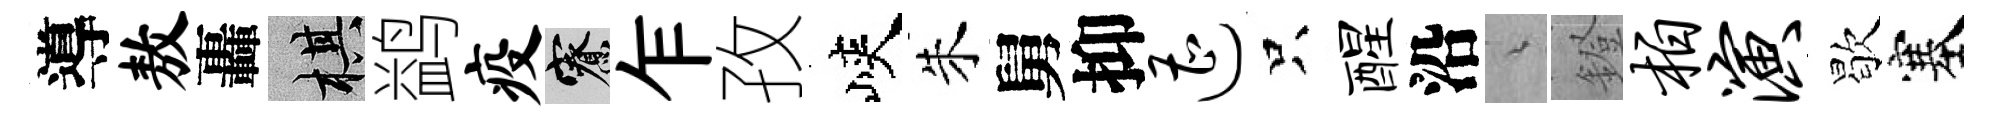
導敖轟棋鹢疫寮乍孜峽朱舅抑遭只醒沿綿鐙柏演歇塞